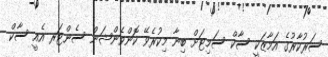
ސަރުކާރުގެ އަމާޒަކީ ސާކް ސަމިޓަށް ބިނާ މިކުރެވޭ ކޮންވެންޝަން ސެންޓަރ އެއީ ސާކް